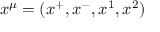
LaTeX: x ^ { \mu } = ( x ^ { + } , x ^ { - } , x ^ { 1 } , x ^ { 2 } )